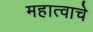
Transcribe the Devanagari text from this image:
महात्वाचे